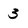
Character: 3